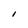
Character: I